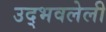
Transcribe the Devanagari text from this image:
उद्भवलेली